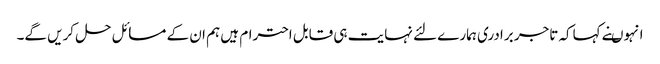
انہوںنے کہاکہ تاجر برادری ہمارے لئے نہایت ہی قابل احترام ہیں ہم ان کے مسائل حل کریں گے۔